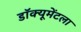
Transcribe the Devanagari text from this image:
डॉक्यूमेंटला